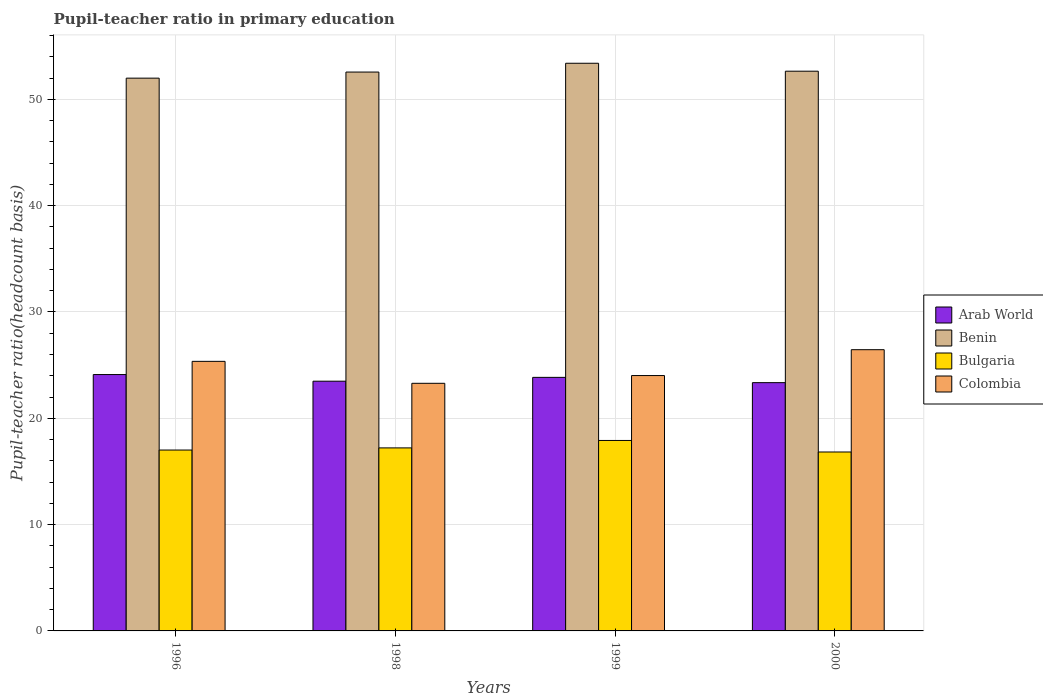
| Years | Arab World | Benin | Bulgaria | Colombia |
 | --- | --- | --- | --- | --- |
 | 1996 | 24.1 | 52 | 17 | 25.4 |
 | 1998 | 23.5 | 52.6 | 17.2 | 23.3 |
 | 1999 | 23.9 | 53.4 | 17.9 | 24 |
 | 2000 | 23.4 | 52.6 | 16.8 | 26.5 |